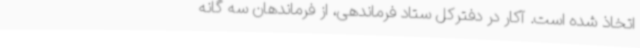
اتخاذ شده است. آکار در دفترکل ستاد فرماندهی، از فرماندهان سه گانه